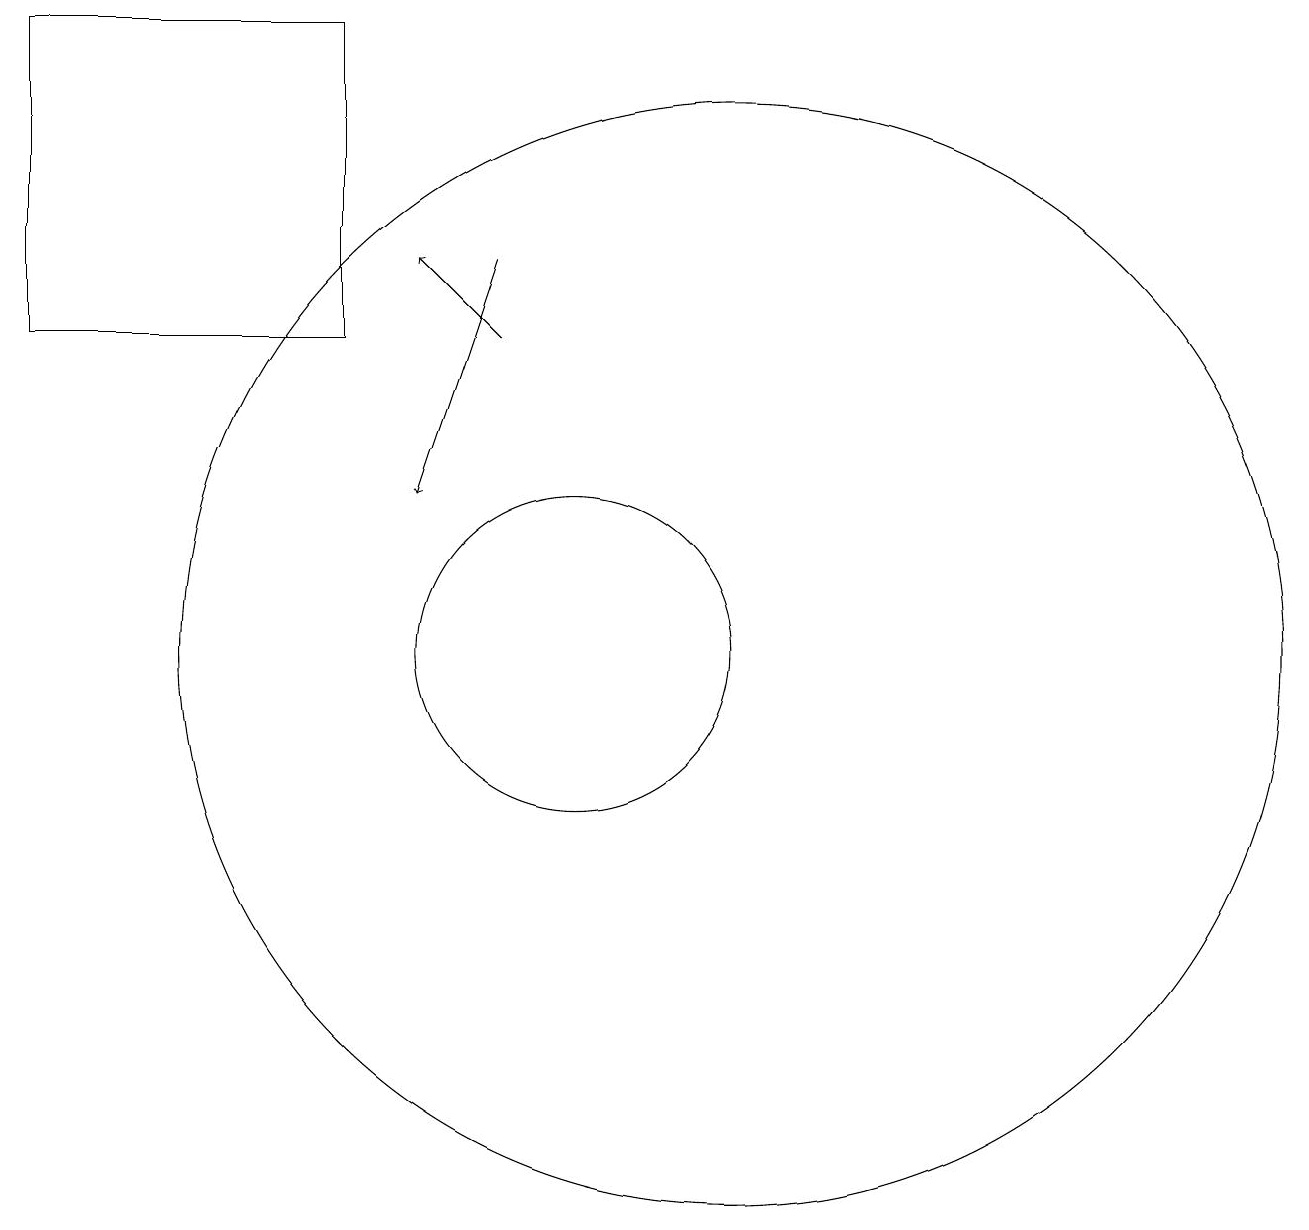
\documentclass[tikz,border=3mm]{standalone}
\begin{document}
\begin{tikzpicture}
\draw[->] (9,14) -- (8,15);
\draw (12,10) circle (7);
\draw (10,10) circle (2);
\draw (3,14) rectangle (7,18);
\draw[->] (9,15) -- (8,12);
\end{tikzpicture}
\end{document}